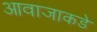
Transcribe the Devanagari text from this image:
आवाजाकडे